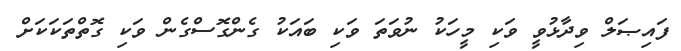
ފައިޞަލް ވިދާޅުވީ ވަކި މީހަކު ނުވަތަ ވަކި ބައަކު ގެންގޮސްގެން ވަކި ގޮތްތަކަކަށް